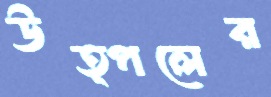
উত্পলের